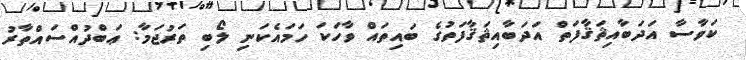
ކަވާސާ އަދަބާއިޘަޤާފަތް އަދަބާއިޘަޤާފަތުގެ ބައިތައް ވާހަކަ ހަމައެކަނި ލޯބި ތަރުޖަމާ: ޢަބްދުއްސައްތާރު